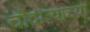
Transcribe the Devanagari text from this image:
चौदाव्याच्या